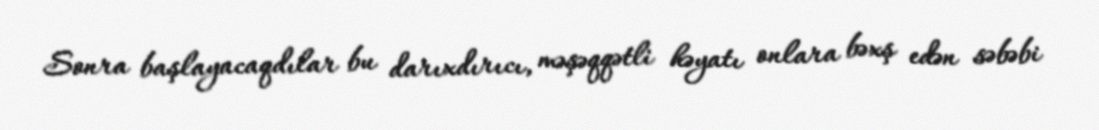
Sonra başlayacaqdılar bu darıxdırıcı, məşəqqətli həyatı onlara bəxş edən səbəbi